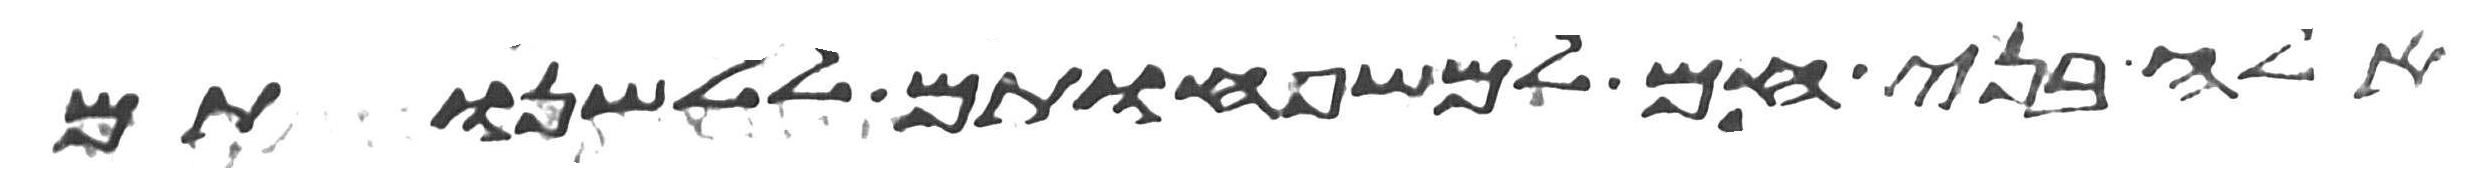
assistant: אלה בני חם למשפחותם ללשנותם